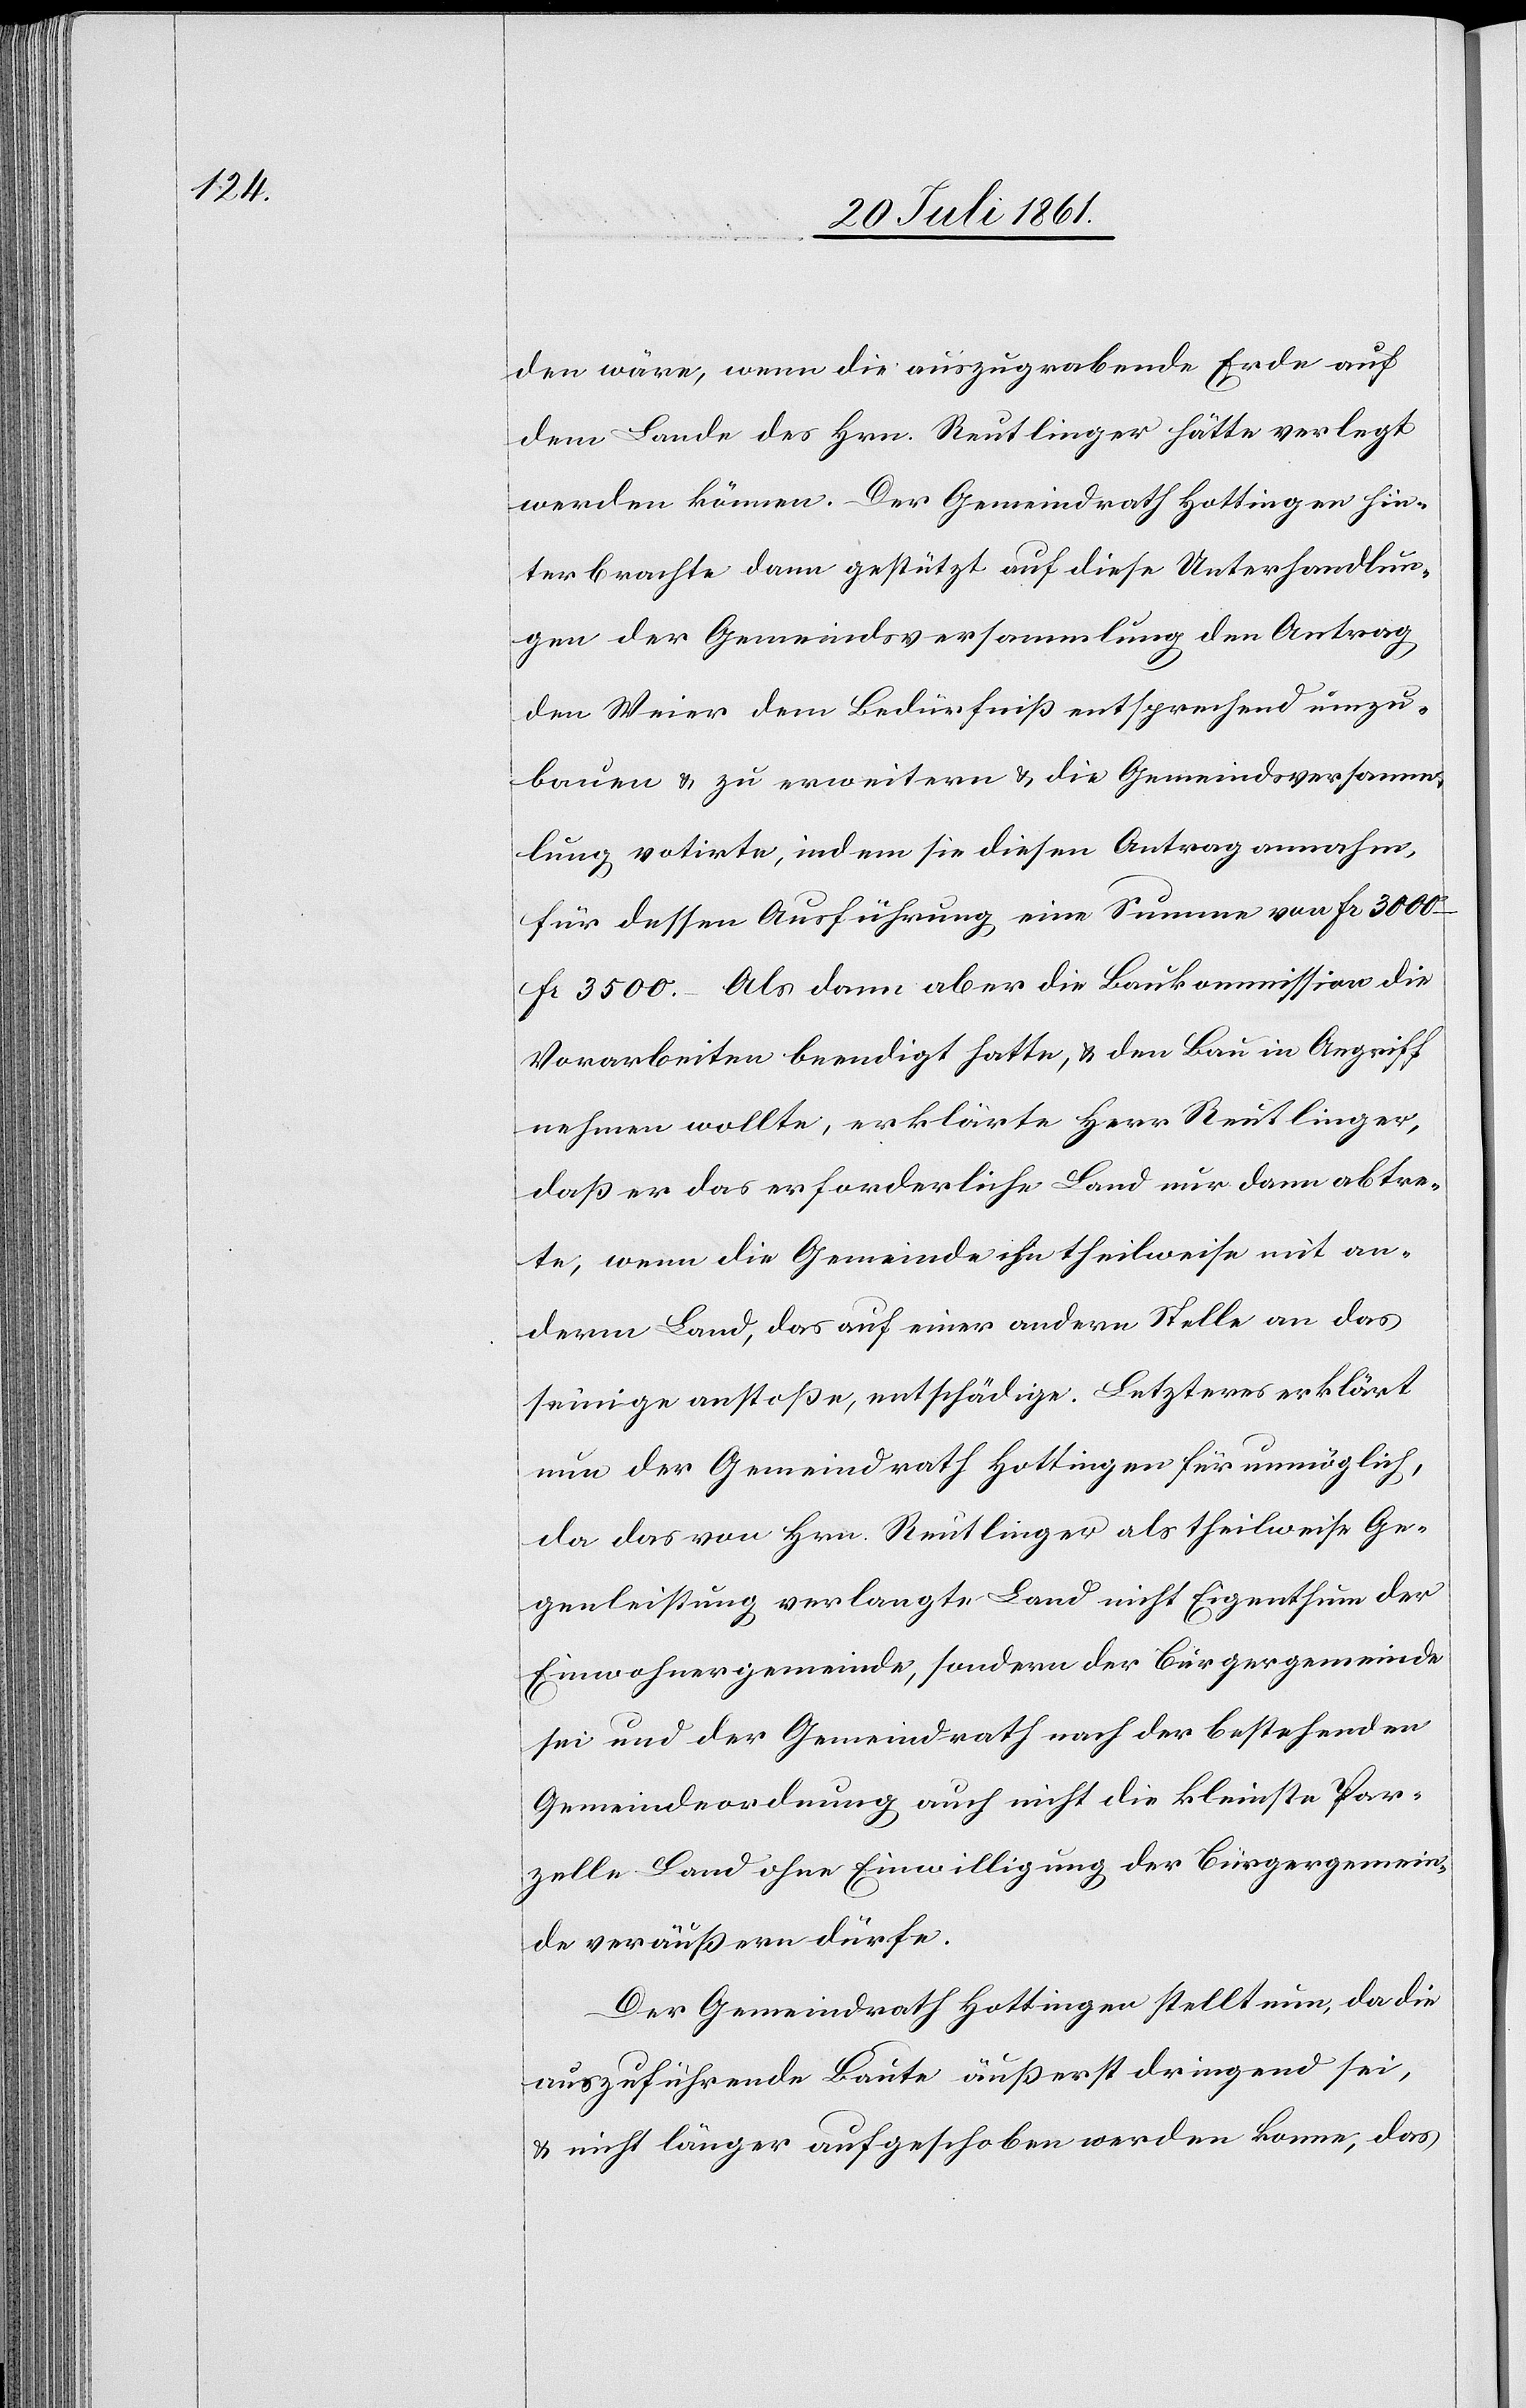
den wäre, wenn die auszugebende Erde auf
dem Lande des Hrn. Reutlinger hätte verlegt
werden können. Der Gemeindrath Hottingen hin¬
terbrachte dann gestützt auf diese Unterhandlun¬
gen der Gemeindsversammlung den Antrag
den Weier dem Bedürfniß entsprechend einzu¬
bauen u. zu erweitern u. die Gemeindsversamm¬
lung votirte, indem sie diesen Antrag annahm,
für dessen Ausführung eine Summe von Fr. 3000–F¬
r. 3500. Als dann aber die Baukommission die
Vorarbeiten beendigt hatte, u. den Bau in Angriff
nehmen wollte, erklärte Herr Reutlinger,
daß er das erforderliche Land nur dann abtre¬
te, wenn die Gemeinde ihn theilweise mit an¬
derm Land, das auf einer andern Stelle an das
seinige anstoße, entschädige. Letzteres erklärt
nun der Gemeindrath Hottingen für unmöglich,
da das von Hrn. Reutlinger als theilweise Ge¬
genleistung verlangte Land nicht Eigenthum der
Einwohnergemeinde, sondern der Bürgergemeinde
sei und der Gemeindrath nach der bestehenden
Gemeindeverordnung auch nicht die kleinste Par¬
zelle Land ohne Einwilligung der Bürgergemein¬
de veräußern dürfe.
Der Gemeindrath Hottingen stellt nun, da die
auszuführende Baute äußerst dringend sei,
u. nicht länger aufgeschoben werden könne, das